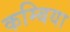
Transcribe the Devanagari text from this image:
कम्बिया